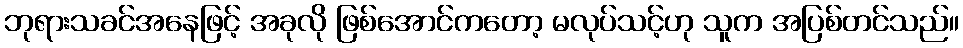
ဘုရားသခင်အနေဖြင့် အခုလို ဖြစ်အောင်ကတော့ မလုပ်သင့်ဟု သူက အပြစ်တင်သည်။